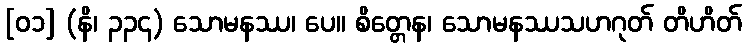
[၀၁] (နိ၊ ၃၃၄) သောမနဿ၊ ပေ။ စိတ္တေန၊ သောမနဿသဟဂုတ် တိဟိတ်